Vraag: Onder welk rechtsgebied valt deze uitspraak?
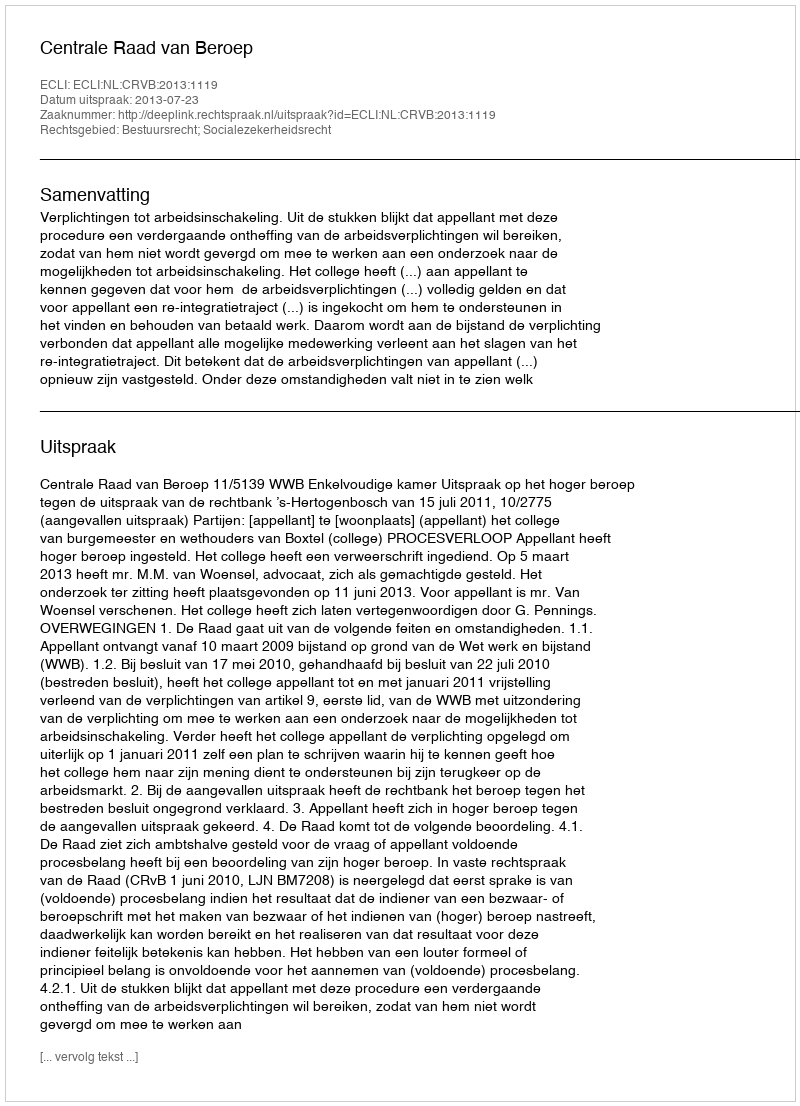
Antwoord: Bestuursrecht; Socialezekerheidsrecht